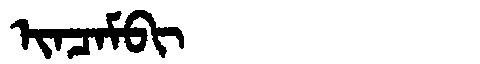
Manchu: ᡳᠨᠴᠠᠮᠪᡳ
Romanization: INCAMBI